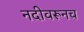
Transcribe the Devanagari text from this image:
नदीवरूनच